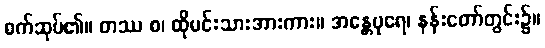
စက်ဆုပ်၏။ တဿ စ၊ ထိုမင်းသားအားကား။ အန္တေပုရေ၊ နန်းတော်တွင်း၌။